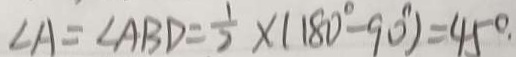
\angle A = \angle A B D = \frac { 1 } { 2 } \times ( 1 8 0 ^ { \circ } - 9 0 ^ { \circ } ) = 4 5 ^ { \circ } \cdot